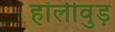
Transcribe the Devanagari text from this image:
हॉलीवुड़